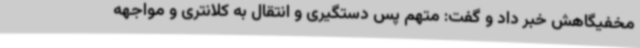
مخفیگاهش خبر داد و گفت: متهم پس دستگیری و انتقال به کلانتری و مواجهه